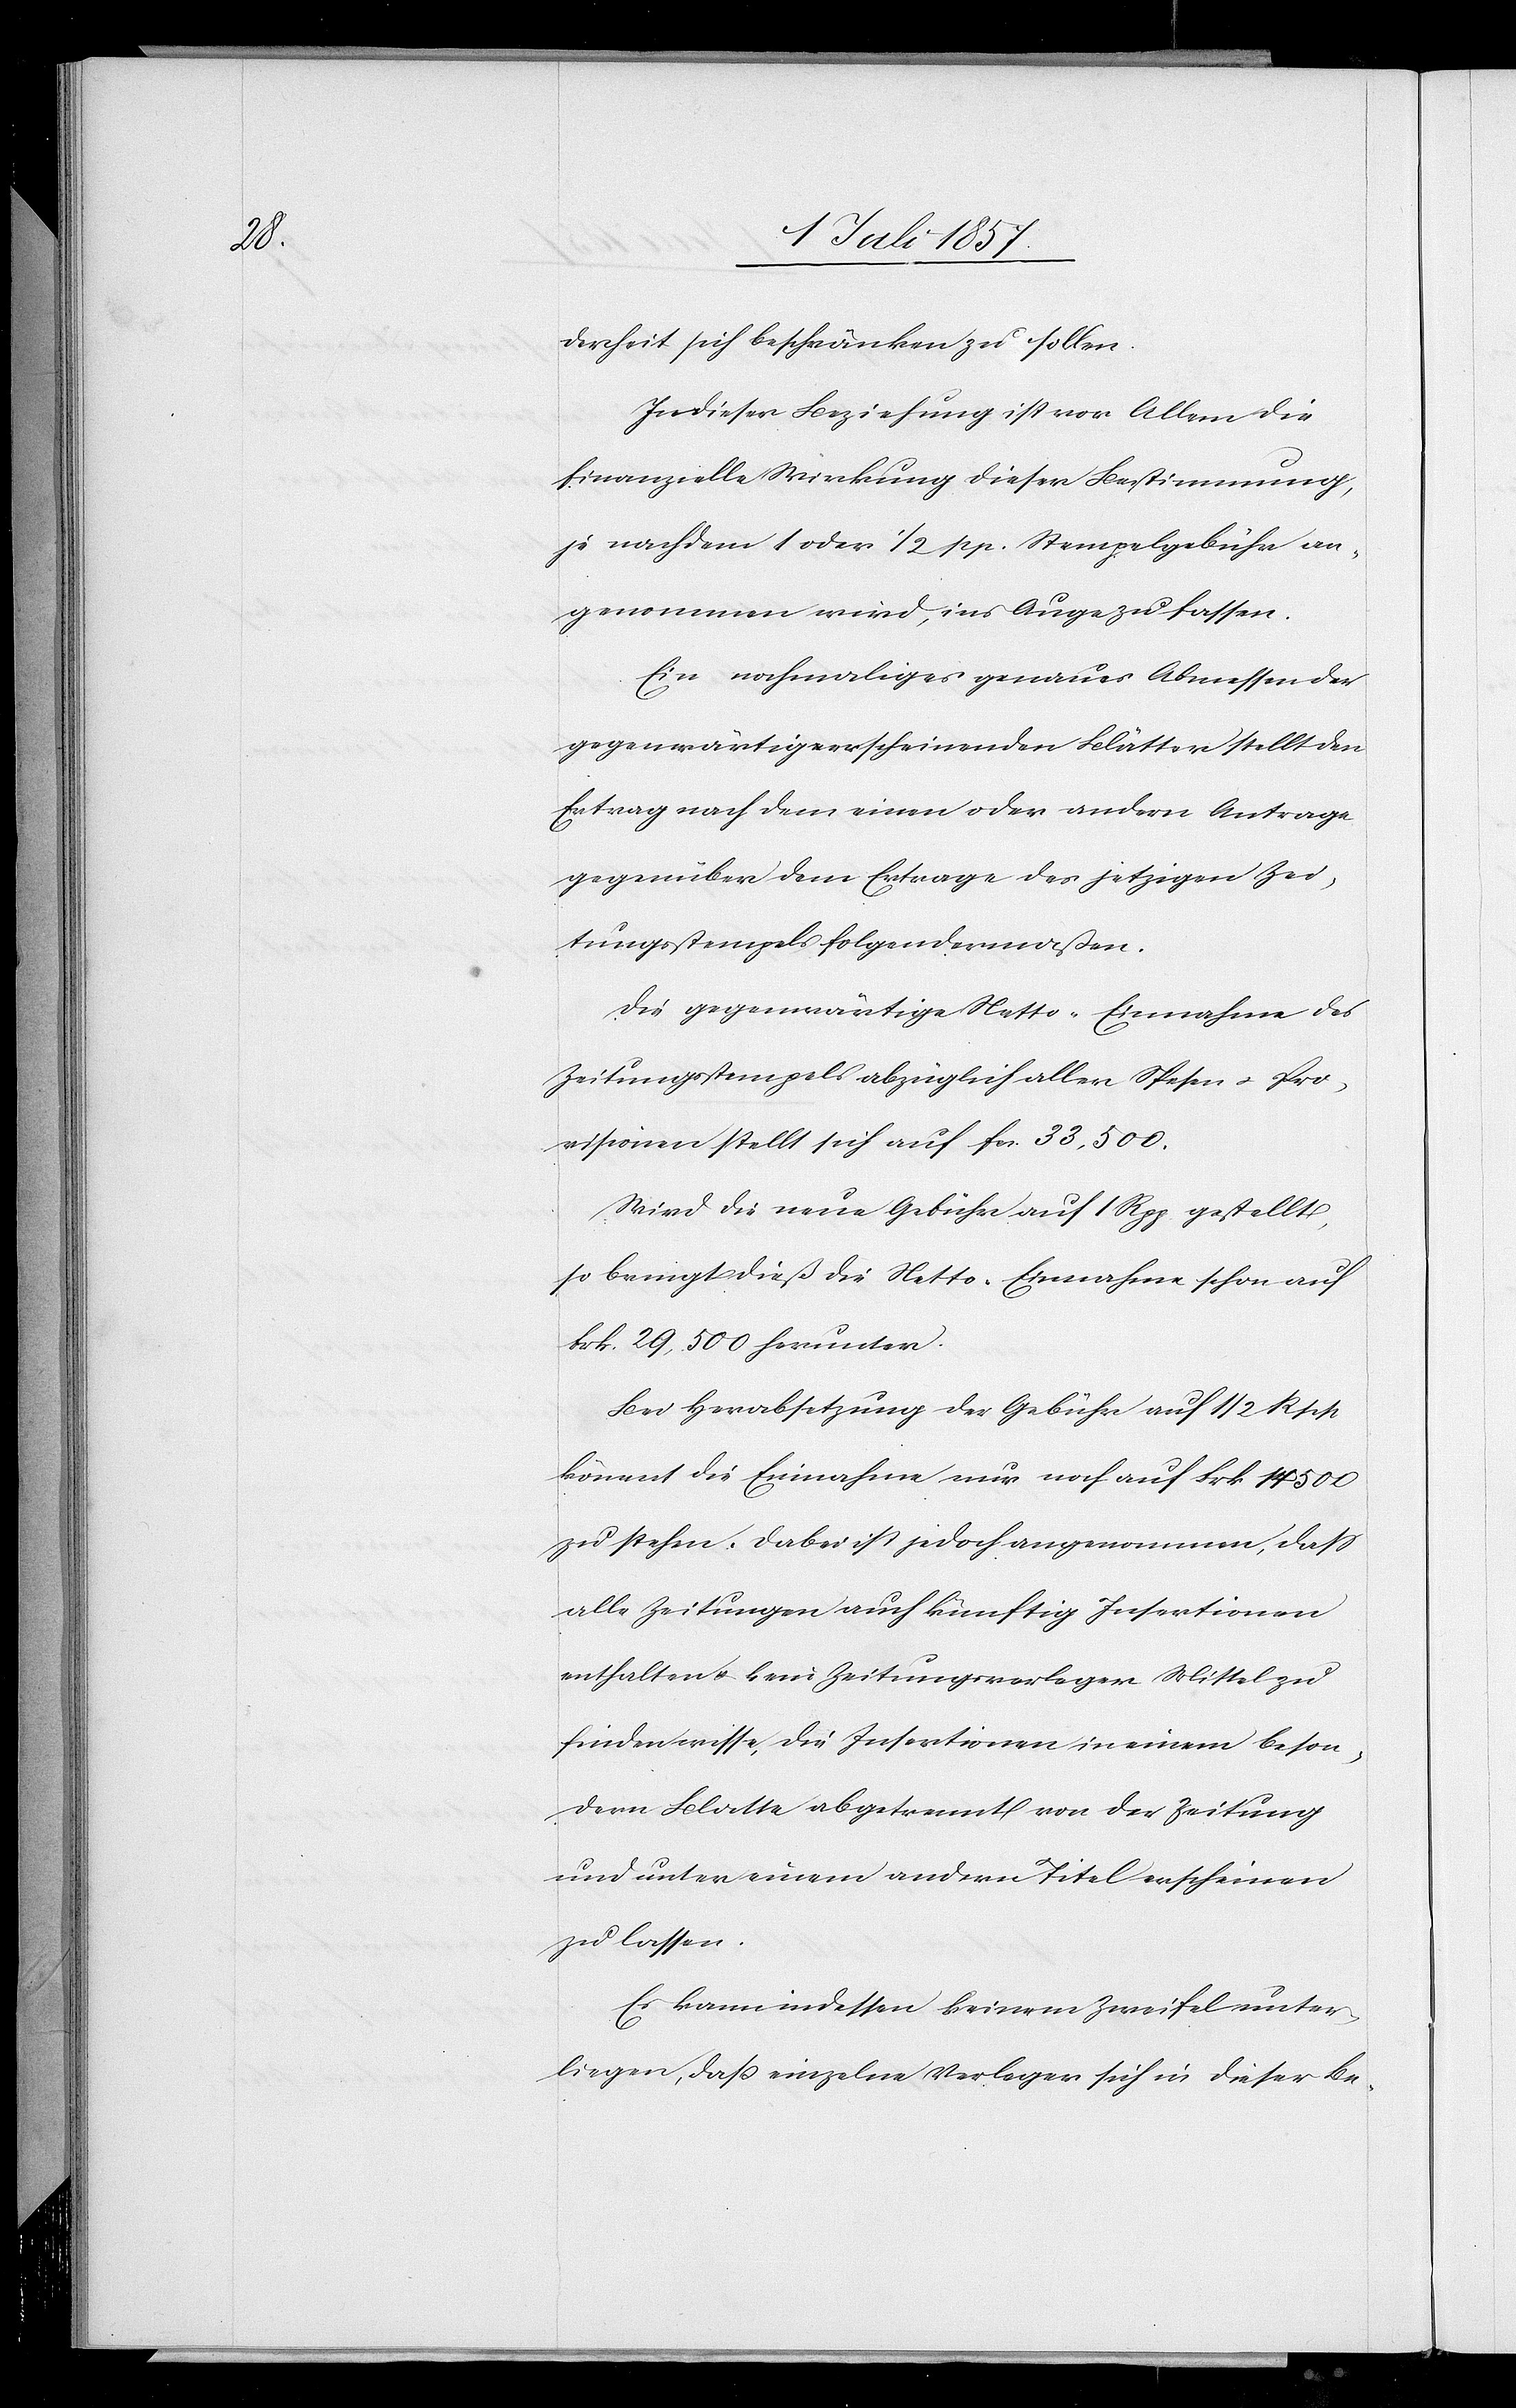
derheit sich beschränken zu sollen.
In dieser Beziehung ist vor Allem die
finanzielle Wirkung dieser Bestimmung,
je nachdem 1 oder 1/2 rp. Stempelgebühr an¬
genommen wird, ins Auge zu fassen.
Ein nochmaliges genauer Abmessen der
gegenwärtige[n] erscheinenden Blätter stellt den
Ertrag nach dem einen oder andern Antrage
gegenüber dem Ertrage des jetzigen Zei¬
tungsstempels folgendermaßen.
Die gegenwärtige Netto-Einnahme des
Zeitungsstempels abzüglich aller Spesen & Pe¬
nsionen stellt sich auf Fr. 33,500.
Wird die neue Gebühr auf 1 Rpp. gestellt,
so bringt dieß die Netto-Einnahme schon auf
Frk. 29,500 herunter.
Bei Herabsetzung der Gebühr auf 1/2 Rpp.
kommt die Einnahme nur noch auf Frk. 14 500
zu stehen. Dabei ist jedoch angenommen, daß
alle Zeitungen auch künftig Insertionen
enthalten & kein Zeitungsverleger Mittel zu
finden wisse, die Insertionen in einem beson¬
dern Blatte abgetrennt von der Zeitung
und unter einem andern Titel erscheinen
zu lassen.
Es kann indessen keinem Zweifel unter¬
liegen, daß einzelne Verleger sich in dieser Be-